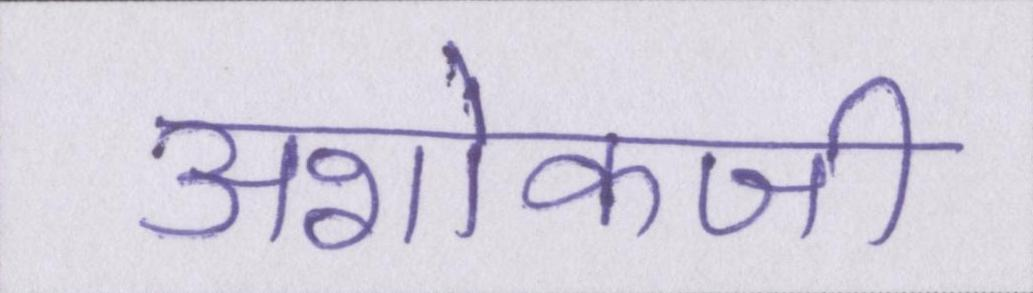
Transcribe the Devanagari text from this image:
अशोकजी